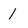
Character: 1